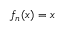
\ f _ { n } ( x ) = x